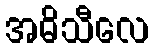
အဓိသီလေ